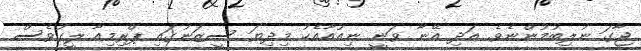
ޖާގަ ނުލިބުމުންނެވެ. އަދި އޭނާ ވަނީ ނިއުއާއެކު މިދިޔަ ސީޒަނުގައި ޕްރިމިއާ ލީގުވެސް